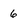
Character: 6